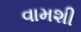
વામશી